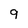
Character: 9